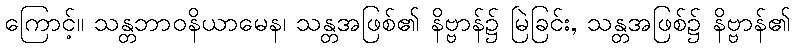
ကြောင့်။ သန္တဘာဝနိယာမေန၊ သန္တအဖြစ်၏ နိဗ္ဗာန်၌ မြဲခြင်း, သန္တအဖြစ်၌ နိဗ္ဗာန်၏